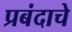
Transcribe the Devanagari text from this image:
प्रबंदाचे